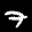
Digit: 7